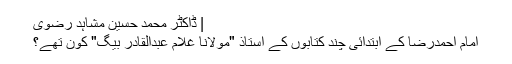
| ڈاکٹر محمد حسین مُشاہد رضوی
امام احمدرضا کے ابتدائی چند کتابوں کے استاذ "مولانا غلام عبدالقادر بیگ" کون تھے؟